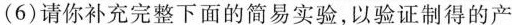
(6)请你补充完整下面的简易实验，以验证制得的产